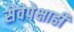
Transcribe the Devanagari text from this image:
सेवेपेक्षाही